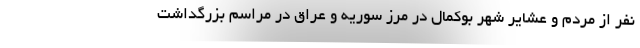
نفر از مردم و عشایر شهر بوکمال در مرز سوریه و عراق در مراسم بزرگداشت